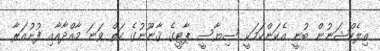
އިލެކްޝަނުން ބުނީ އެކަންކަމަކީ ސިޔާސީ ޕާޓީގެ ޤާނޫނުގެ ހަތް ވަނަ މާއްދާއާއި ފުށުއަރާ